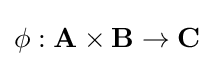
\phi :\mathbf {A} \times \mathbf {B} \rightarrow \mathbf {C}